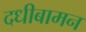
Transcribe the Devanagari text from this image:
दधीबामन